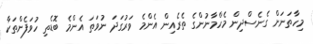
މިހާތަނަށް ގެނެސްދިން މެހްމާނުންގެ ތެރެއިން އެންމެ ވަރުގަދަ ނުވަތަ އެންމެ ބޮޑެތި ހުވަފެންތަކާ